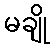
မချို